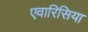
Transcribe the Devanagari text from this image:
एवारिसिया